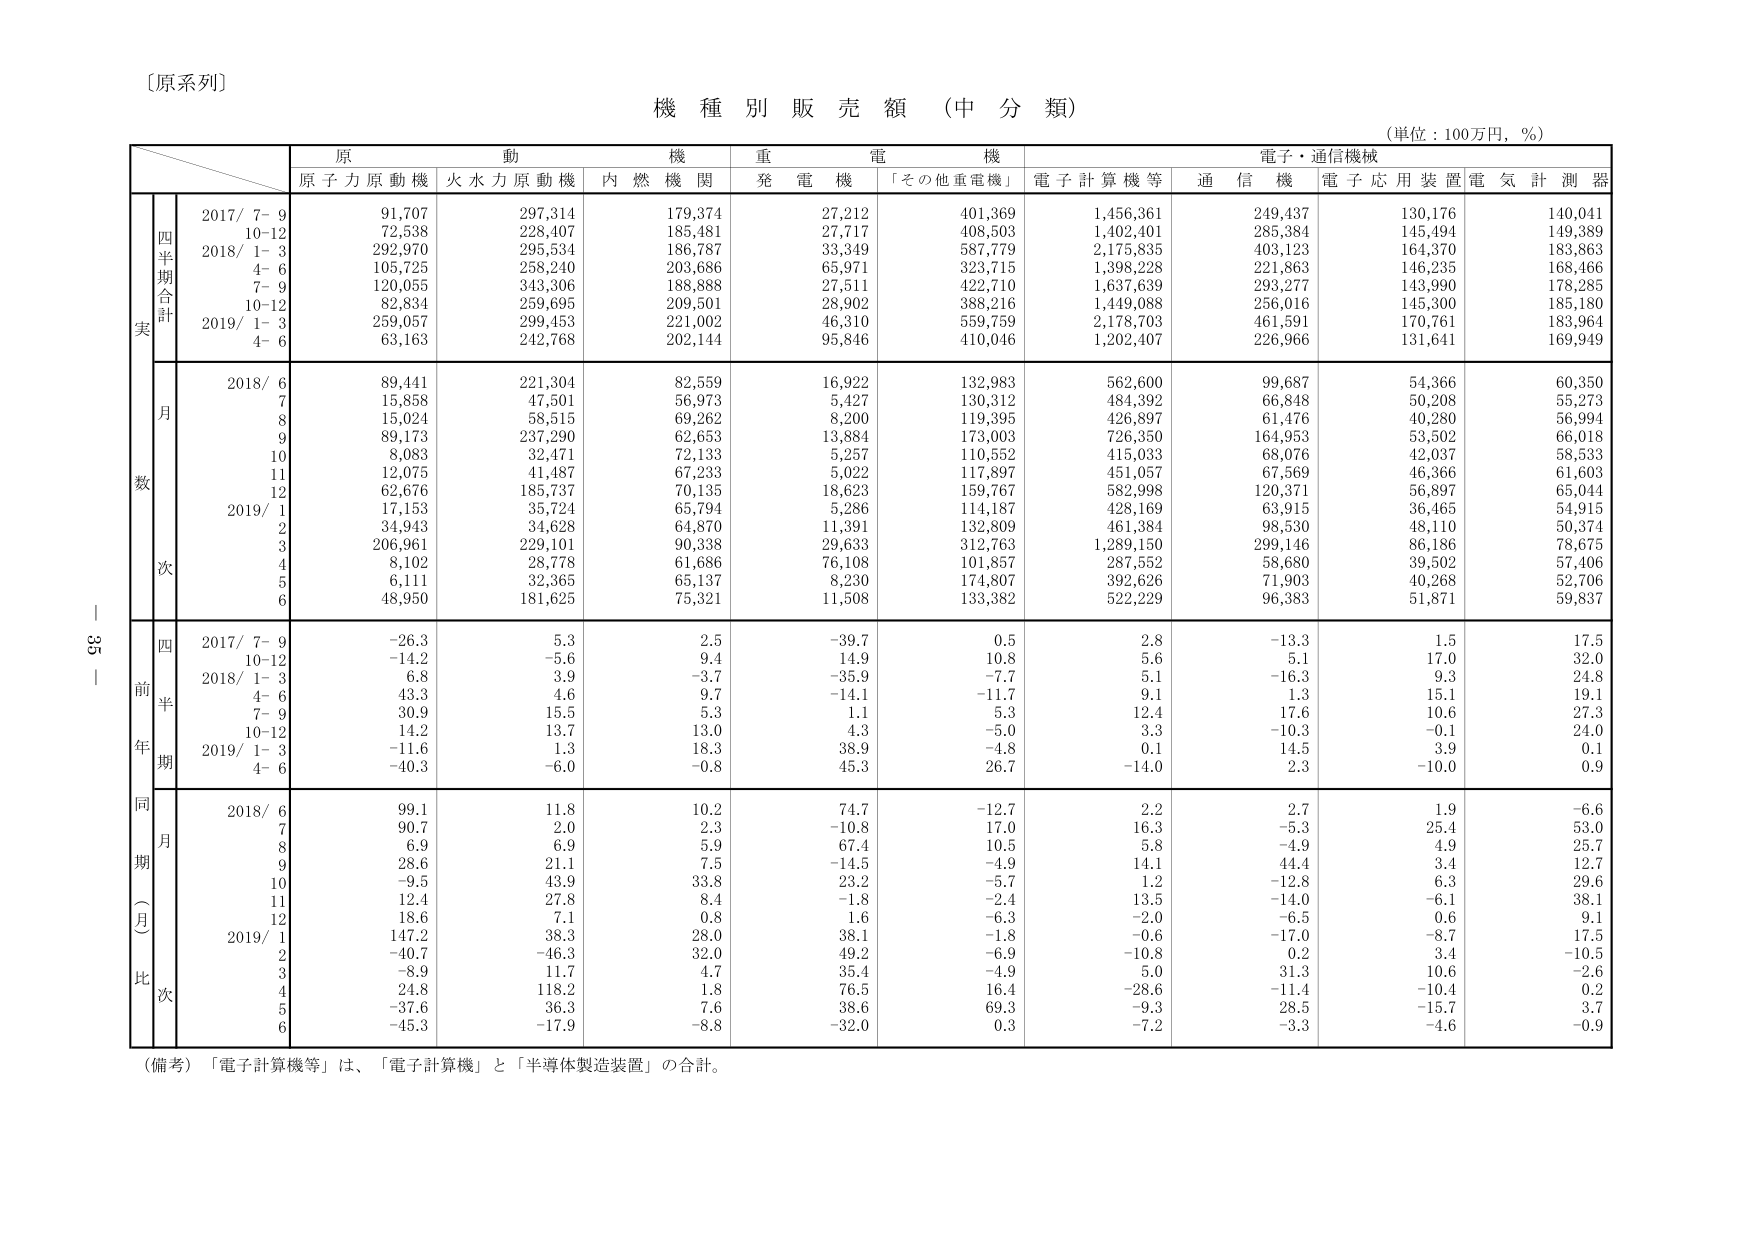
〔原系列〕

機 種 別 販 売 額 （中 分 類）

（単位：100万円，％）

原 動 機 重 電 機 電子・通信機械
原子力原動機 火水力原動機 内燃機関 発電機 「その他重電機」 電子計算機等 通信機 電子応用装置 電気計測器

四半期合計
実
2017/ 7- 9 91,707 297,314 179,374 27,212 401,369 1,456,361 249,437 130,176 140,041
10-12 72,538 228,407 185,481 27,717 408,503 1,402,401 285,384 145,494 149,389
2018/ 1- 3 292,970 295,534 186,787 33,349 587,779 2,175,835 403,123 164,370 183,863
4- 6 105,725 258,240 203,686 65,971 323,715 1,398,228 221,863 146,235 168,466
7- 9 120,055 343,306 188,888 27,511 422,710 1,637,639 293,277 143,990 178,285
10-12 82,834 259,695 209,501 28,902 388,216 1,449,088 256,016 145,300 185,180
2019/ 1- 3 259,057 299,453 221,002 46,310 559,759 2,178,703 461,591 170,761 183,964
4- 6 63,163 242,768 202,144 95,846 410,046 1,202,407 226,966 131,641 169,949

月
数
2018/ 6 89,441 221,304 82,559 16,922 132,983 562,600 99,687 54,366 60,350
7 15,858 47,501 56,973 5,427 130,312 484,392 66,848 50,208 55,273
8 15,024 58,515 69,262 8,200 119,395 426,897 61,476 40,280 56,994
9 89,173 237,290 62,653 13,884 173,003 726,350 164,953 53,502 66,018
10 8,083 32,471 72,133 5,257 110,552 415,033 68,076 42,037 58,533
11 12,075 41,487 67,233 5,022 117,897 451,057 67,569 46,366 61,603
12 62,676 185,737 70,135 18,623 159,767 582,998 120,371 56,897 65,044
2019/ 1 17,153 35,724 65,794 5,286 114,187 428,169 63,915 36,465 54,915
2 34,943 34,628 64,870 11,391 132,809 461,384 98,530 48,110 50,374
3 206,961 229,101 90,338 29,633 312,763 1,289,150 299,146 86,186 78,675
4 8,102 28,778 61,686 76,108 101,857 287,552 58,680 39,502 57,406
5 6,111 32,365 65,137 8,230 174,807 392,626 71,903 40,268 52,706
6 48,950 181,625 75,321 11,508 133,382 522,229 96,383 51,871 59,837

前年同期比
四半期
2017/ 7- 9 -26.3 5.3 2.5 -39.7 0.5 2.8 -13.3 1.5 17.5
10-12 -14.2 -5.6 9.4 14.9 10.8 5.6 5.1 17.0 32.0
2018/ 1- 3 6.8 3.9 -3.7 -35.9 -7.7 5.1 -16.3 9.3 24.8
4- 6 43.3 4.6 9.7 -14.1 -11.7 9.1 1.3 15.1 19.1
7- 9 30.9 15.5 5.3 1.1 5.3 12.4 17.6 10.6 27.3
10-12 14.2 13.7 13.0 4.3 -5.0 3.3 -10.3 -0.1 24.0
2019/ 1- 3 -11.6 1.3 18.3 38.9 -4.8 0.1 14.5 3.9 0.1
4- 6 -40.3 -6.0 -0.8 45.3 26.7 -14.0 2.3 -10.0 0.9

同期（月）比
2018/ 6 99.1 11.8 10.2 74.7 -12.7 2.2 2.7 1.9 -6.6
7 90.7 2.0 2.3 -10.8 17.0 16.3 -5.3 25.4 53.0
8 6.9 6.9 5.9 67.4 10.5 5.8 -4.9 4.9 25.7
9 28.6 21.1 7.5 -14.5 -4.9 14.1 44.4 3.4 12.7
10 -9.5 43.9 33.8 23.2 -5.7 1.2 -12.8 6.3 29.6
11 12.4 27.8 8.4 -1.8 -2.4 13.5 -14.0 -6.1 38.1
12 18.6 7.1 0.8 1.6 -6.3 -2.0 -6.5 0.6 9.1
2019/ 1 147.2 38.3 28.0 38.1 -1.8 -0.6 -17.0 -8.7 17.5
2 -40.7 -46.3 32.0 49.2 -6.9 -10.8 0.2 3.4 -10.5
3 -8.9 11.7 4.7 35.4 -4.9 5.0 31.3 10.6 -2.6
4 24.8 118.2 1.8 76.5 16.4 -28.6 -11.4 -10.4 0.2
5 -37.6 36.3 7.6 38.6 69.3 -9.3 28.5 -15.7 3.7
6 -45.3 -17.9 -8.8 -32.0 0.3 -7.2 -3.3 -4.6 -0.9

（備考）「電子計算機等」は、「電子計算機」と「半導体製造装置」の合計。